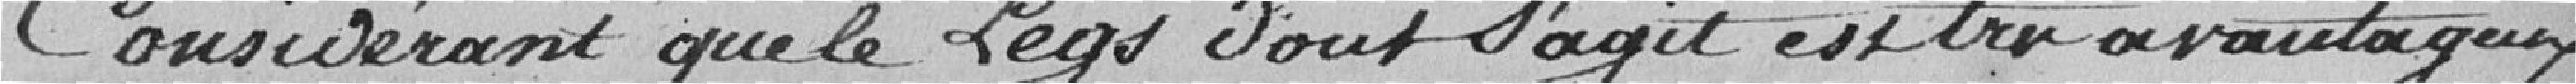
Considérant que le legs dont s'agit est très avantageux.